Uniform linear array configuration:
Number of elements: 4
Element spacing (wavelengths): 1
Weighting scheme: blackman
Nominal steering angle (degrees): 45
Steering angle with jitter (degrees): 44.47
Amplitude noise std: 0.05
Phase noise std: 0.05

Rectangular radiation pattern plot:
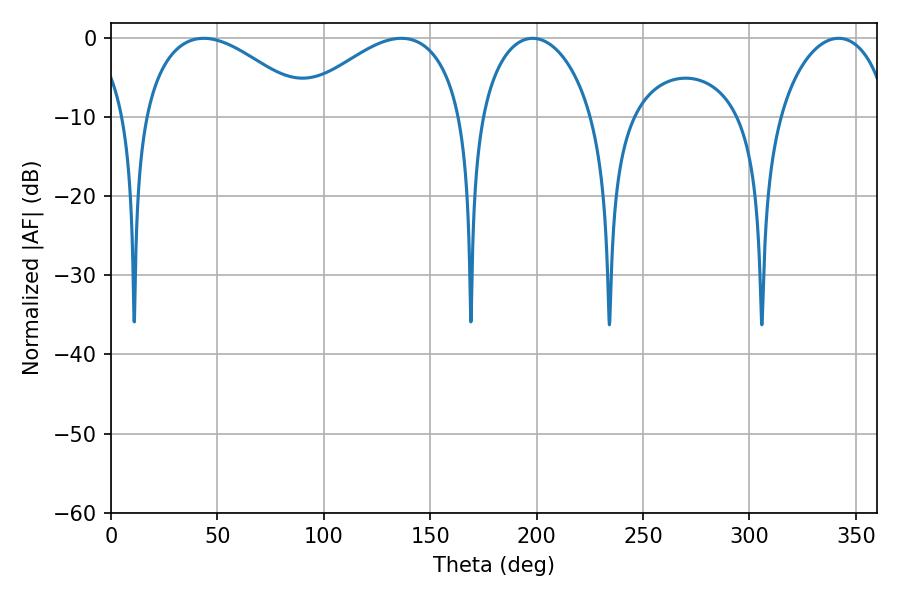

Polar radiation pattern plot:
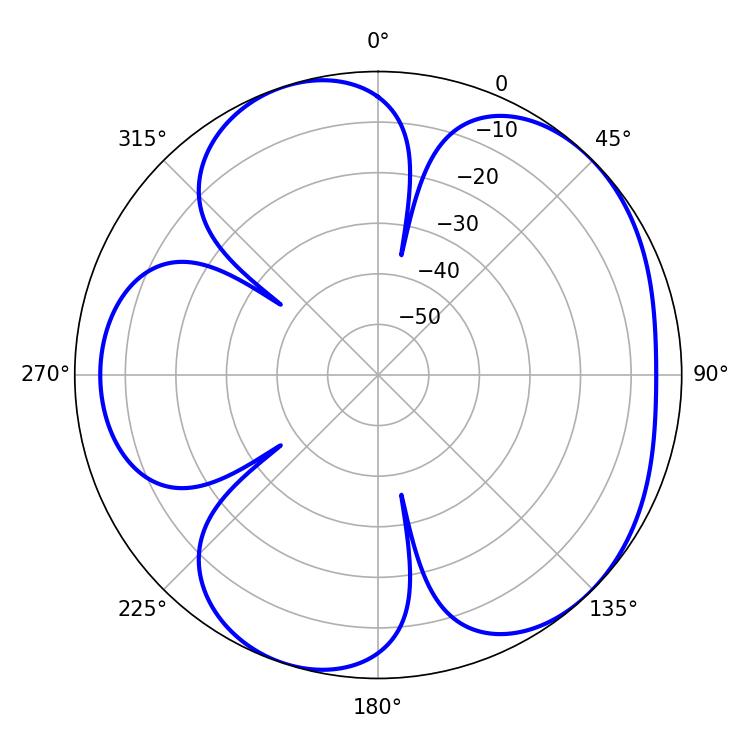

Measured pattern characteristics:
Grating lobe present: TRUE
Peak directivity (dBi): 5.096
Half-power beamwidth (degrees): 43.74
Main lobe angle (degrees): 136.44